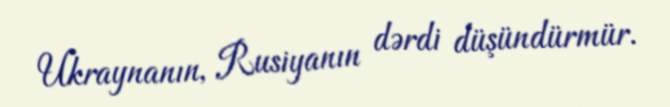
Ukraynanın, Rusiyanın dərdi düşündürmür.